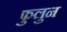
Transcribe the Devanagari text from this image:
फुलुन